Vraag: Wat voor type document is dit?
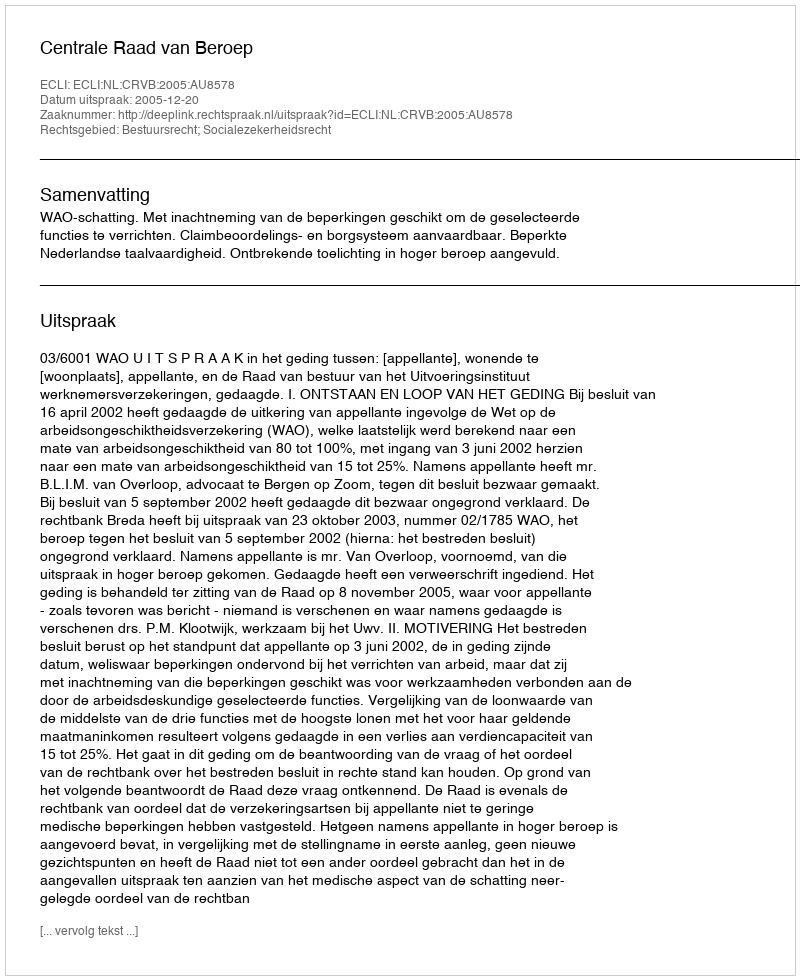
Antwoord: Uitspraak